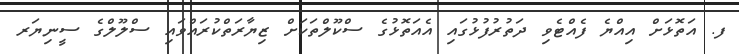
ފ. އަތޮޅަށް އިއްޔެ ފެއްޓެވި ދަތުރުފުޅުގައި އެއަތޮޅުގެ ސްކޫލްތަކަށް ޒިޔާރަތްކުރައްވައި ސްލޫލްގެ ސީނިޔަރ